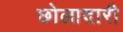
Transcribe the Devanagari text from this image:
छोलादारी